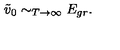
\tilde { v } _ { 0 } \sim _ { T \to \infty } E _ { g r } .